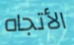
الأتجاه